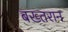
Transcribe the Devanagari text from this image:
बख्तरान